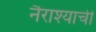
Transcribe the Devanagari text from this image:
नैराश्याची